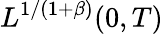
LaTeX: L^{1/(1+\beta)}(0,T)